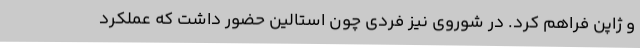
و ژاپن فراهم کرد. در شوروی نیز فردی چون استالین حضور داشت که عملکرد